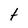
Character: t